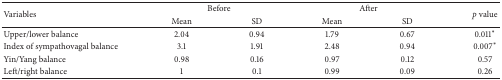
<table><thead><tr><td rowspan="2"><b>Variables</b></td><td colspan="2"><b>Before</b></td><td colspan="2"><b>After</b></td><td rowspan="2"><b><i>p </i>value</b></td></tr><tr><td><b>Mean</b></td><td><b>SD</b></td><td><b>Mean</b></td><td><b>SD</b></td></tr></thead><tbody><tr><td>Upper/lower balance</td><td>2.04</td><td>0.94</td><td>1.79</td><td>0.67</td><td>0.011<sup><i>∗</i></sup></td></tr><tr><td>Index of sympathovagal balance</td><td>3.1</td><td>1.91</td><td>2.48</td><td>0.94</td><td>0.007<sup><i>∗</i></sup></td></tr><tr><td>Yin/Yang balance</td><td>0.98</td><td>0.16</td><td>0.97</td><td>0.12</td><td>0.57</td></tr><tr><td>Left/right balance</td><td>1</td><td>0.1</td><td>0.99</td><td>0.09</td><td>0.26</td></tr></tbody></table>